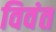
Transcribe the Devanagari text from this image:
विवंत